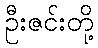
ဦးဇင်းတို့